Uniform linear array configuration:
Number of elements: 32
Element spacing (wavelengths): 0.75
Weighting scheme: uniform
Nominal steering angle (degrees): -15
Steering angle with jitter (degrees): -14.482
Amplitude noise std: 0.05
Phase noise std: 0.05

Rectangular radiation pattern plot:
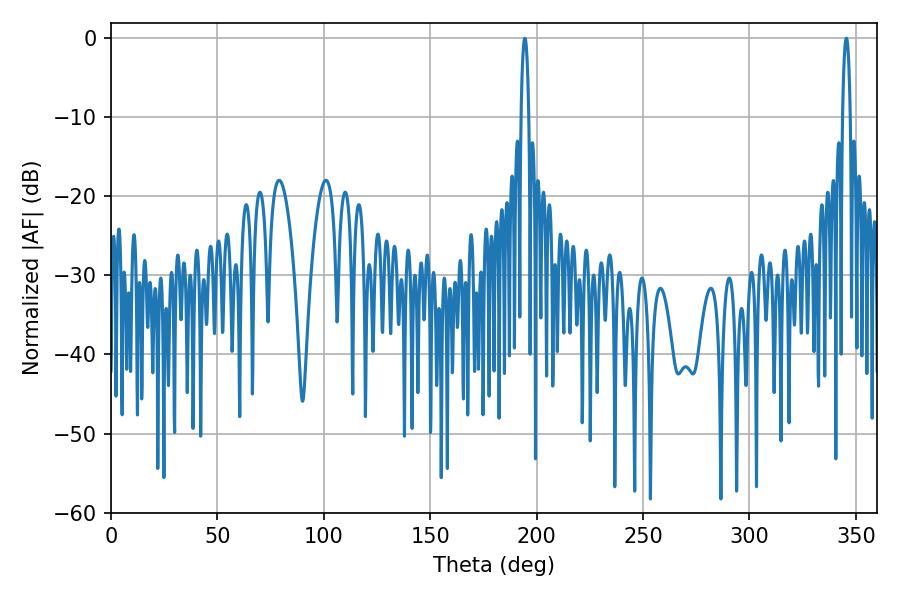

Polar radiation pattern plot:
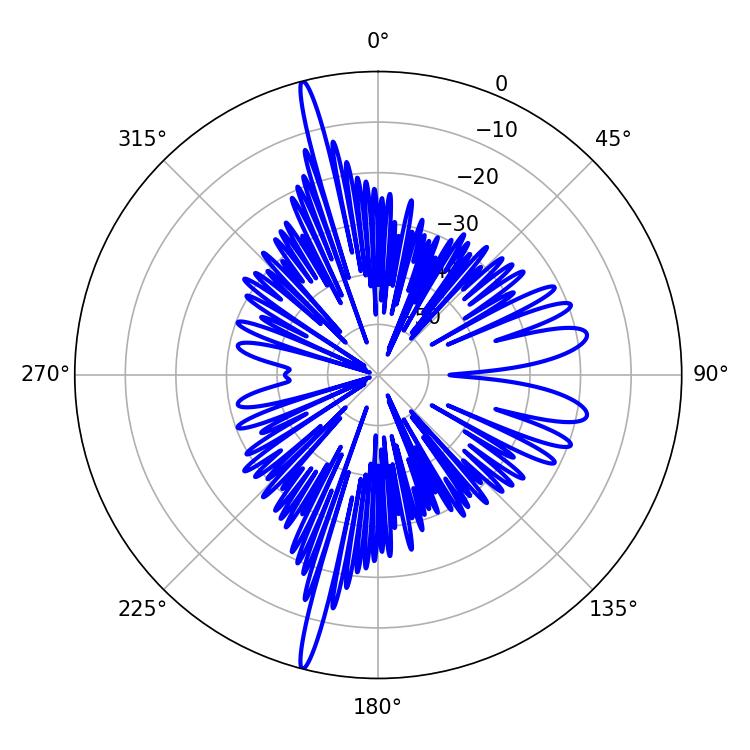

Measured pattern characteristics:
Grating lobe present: TRUE
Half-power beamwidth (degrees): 1.98
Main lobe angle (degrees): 194.4